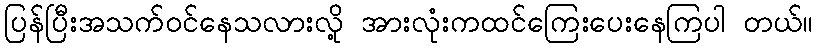
ပြန်ပြီးအသက်ဝင်နေသလားလို့ အားလုံးကထင်ကြေးပေးနေကြပါ တယ်။